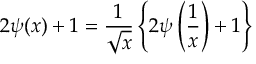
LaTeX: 2 \psi ( x ) + 1 = { \frac { 1 } { \sqrt { x } } } \left\{ 2 \psi \left( { \frac { 1 } { x } } \right) + 1 \right\}